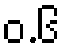
ဝ.၆